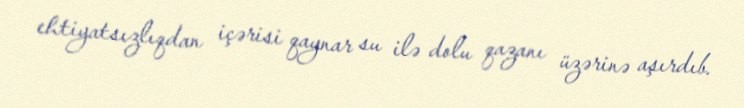
ehtiyatsızlıqdan içərisi qaynar su ilə dolu qazanı üzərinə aşırdıb.